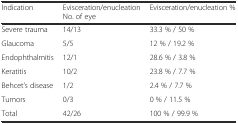
| Indication | Evisceration/enucleation No. of eye | Evisceration/enucleation % |
 | --- | --- | --- |
 | Severe trauma | 14/13 | 33.3 % / 50 % |
 | Glaucoma | 5/5 | 12 % / 19.2 % |
 | Endophthalmitis | 12/1 | 28.6 % / 3.8 % |
 | Keratitis | 10/2 | 23.8 % / 7.7 % |
 | Behcet’s disease | 1/2 | 2.4 % / 7.7 % |
 | Tumors | 0/3 | 0 % / 11.5 % |
 | Total | 42/26 | 100 % / 99.9 % |